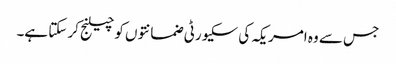
جس سے وہ امریکہ کی سکیورٹی ضمانتوں کو چیلنج کر سکتا ہے۔